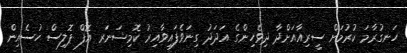
ހަނގުރާމަ ކުރުމަށް ސީރިއާއަށްދާ ދިވެހިންގެ އަދަދު ގިނަވެފައިވާއިރު ކޮމިޝަނަރ އޮފް ޕޮލިސް ހުސެއިން